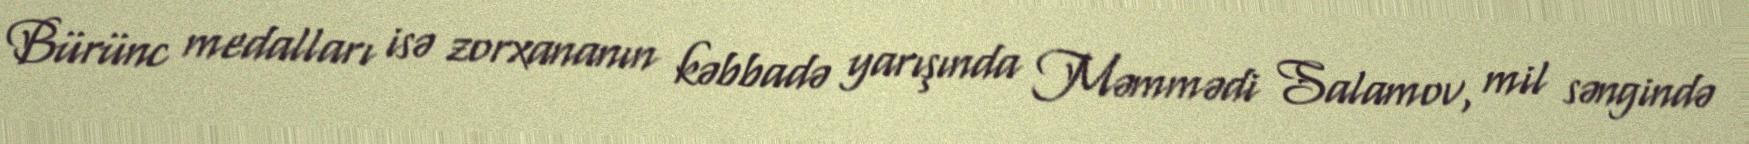
Bürünc medalları isə zorxananın kəbbadə yarışında Məmmədi Salamov, mil səngində